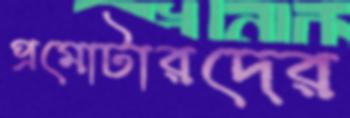
প্রমোটারদের